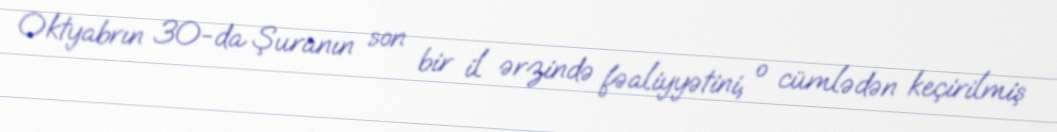
Oktyabrın 30-da Şuranın son bir il ərzində fəaliyyətini, o cümlədən keçirilmiş